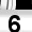
Digit: 6